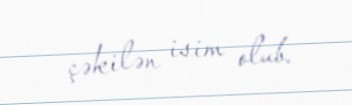
çəkilən isim olub.